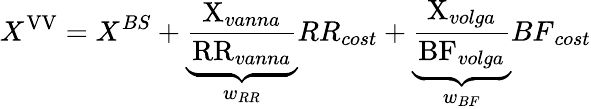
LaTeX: X^{\mathrm{{VV}}}=X^{BS}+\underbrace{\frac{{\textrm{X}}_{vanna}}{{\textrm{RR}}_{vanna}}}_{w_{RR}}{RR}_{cost}+\underbrace{\frac{{\textrm{X}}_{volga}}{{\textrm{BF}}_{volga}}}_{w_{BF}}{BF}_{cost}